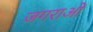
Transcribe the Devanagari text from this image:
जगराओं